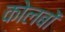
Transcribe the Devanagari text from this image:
कोलबों